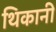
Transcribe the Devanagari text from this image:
थिकानी